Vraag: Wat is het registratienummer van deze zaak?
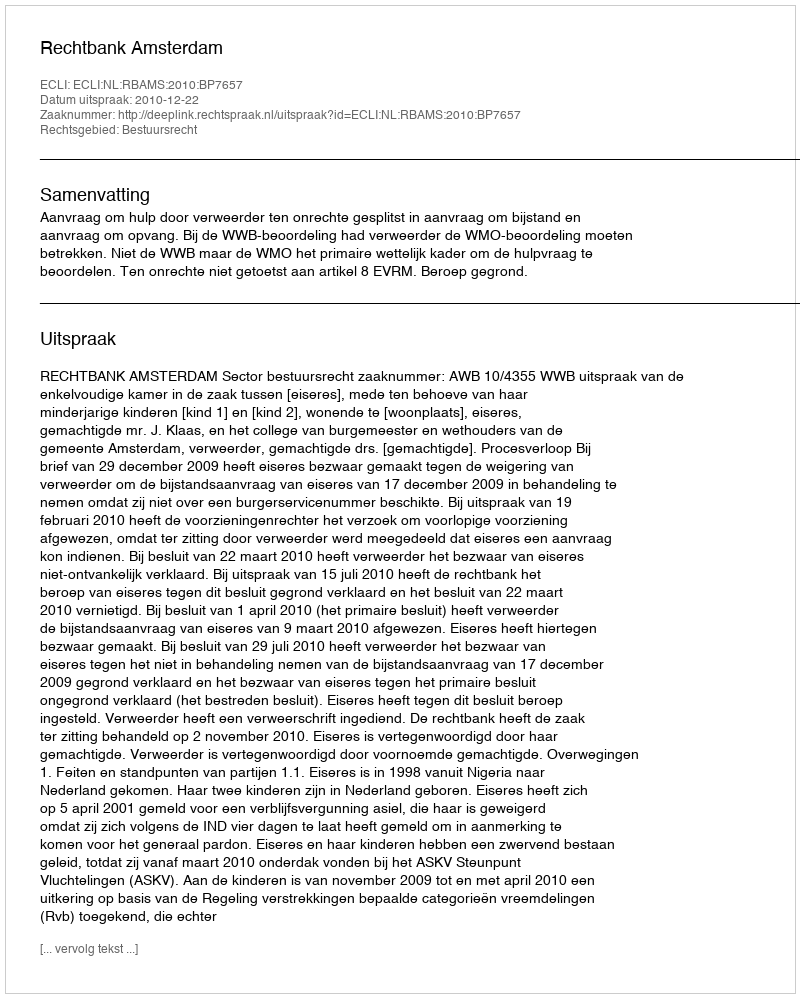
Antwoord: http://deeplink.rechtspraak.nl/uitspraak?id=ECLI:NL:RBAMS:2010:BP7657